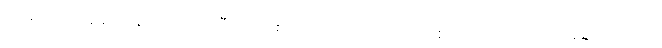
ရင်ဆိုင်တုံ့ပြန်ခဲ့တာနဲ့ ပတ်သက်ပြီး အထူးပြုလေ့လာသုံးသပ်ချက်စာတမ်းကြောင့်ဆုရရှိခဲ့တာလည်း